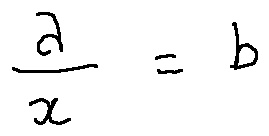
\frac { a } { x } = b